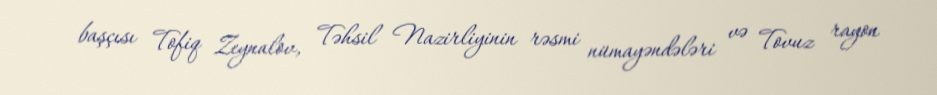
başçısı Tofiq Zeynalov, Təhsil Nazirliyinin rəsmi nümayəndələri və Tovuz rayon